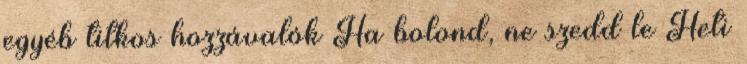
egyéb titkos hozzávalók Ha bolond, ne szedd le Heti